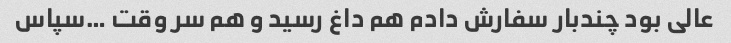
عالی بود چندبار سفارش دادم هم داغ رسید و هم سر وقت …سپاس